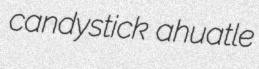
candystick ahuatle